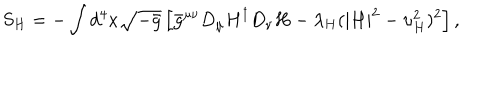
LaTeX: S _ { H } = - \int d ^ { 4 } x \sqrt { - \bar { g } } \left[ \bar { g } ^ { \mu \nu } D _ { \mu } H ^ { \dagger } D _ { \nu } H - \lambda _ { H } ( | H | ^ { 2 } - \upsilon _ { H } ^ { 2 } ) ^ { 2 } \right] ,